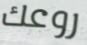
روعك